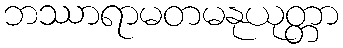
ဘဿာရာမတမနုယုတ္တာ